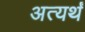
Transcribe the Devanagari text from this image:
अत्यर्थं